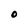
Character: O